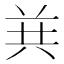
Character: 𱏴